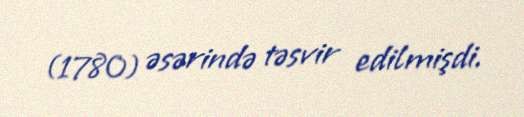
(1780) əsərində təsvir edilmişdi.